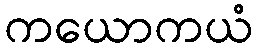
ကယောကယံ